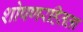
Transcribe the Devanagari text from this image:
शोषणरहितता